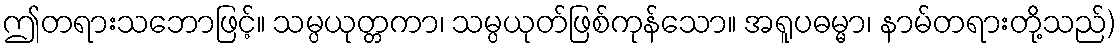
ဤတရားသဘောဖြင့်။ သမ္ပယုတ္တကာ၊ သမ္ပယုတ်ဖြစ်ကုန်သော။ အရူပဓမ္မာ၊ နာမ်တရားတို့သည်)